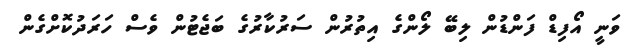
ވަނީ އޯފިޑް ފަންޑުން ލިބޭ ލޯންގެ އިތުރުން ސަރުކާރުގެ ބަޖެޓުން ވެސް ހަރަދުކޮށްގެން